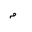
Letter: _mim